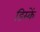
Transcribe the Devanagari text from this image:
डिस्कें